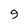
Character: 9